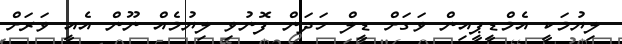
ލިޔުމަކީ އެމްޑީޕީއިން ވަގަށް ޑީލް ހަދަން ފޮނުވި ލިޔުމެއް ނޫން އެއީ ވަރަށް